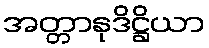
အတ္တာနုဒိဋ္ဌိယာ